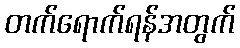
တက်ရောက်ရန်အတွက်